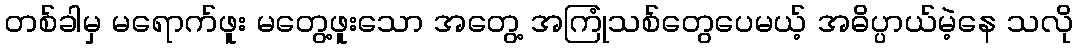
တစ်ခါမှ မရောက်ဖူး မတွေ့ဖူးသော အတွေ့ အကြုံသစ်တွေပေမယ့် အဓိပ္ပာယ်မဲ့နေ သလို